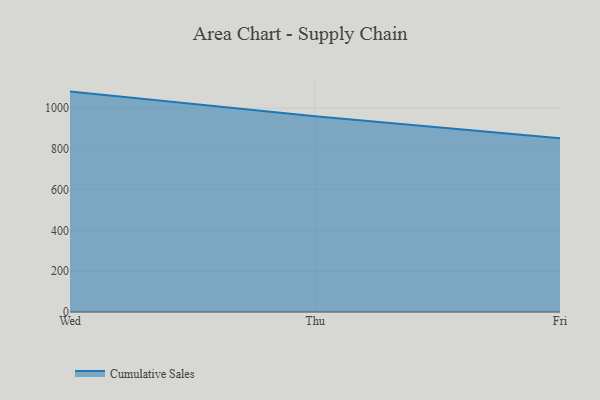
{"axis": {"x": "Day", "y": "Energy Usage (MWh)"}, "legend": ["Cumulative Sales"], "data": [{"x": "Wed", "y": 1081.0, "type": "Cumulative Sales"}, {"x": "Thu", "y": 959.6, "type": "Cumulative Sales"}, {"x": "Fri", "y": 852.4, "type": "Cumulative Sales"}]}